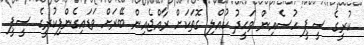
ކުރީގެ ސީޕީ ހުސެއިން ވަޙީދު ކުއްލި ގޮތަކަށް ރާއްޖެއިން ބޭރަށް ވަޑައިގެންފިކުރީގެ ސީޕީ